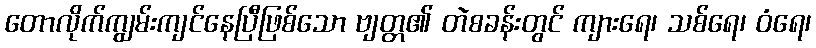
တောလိုက်ကျွမ်းကျင်နေပြီဖြစ်သော ဗျတ္တ၏ တဲစခန်းတွင် ကျားရေ၊ သစ်ရေ၊ ဝံရေ၊